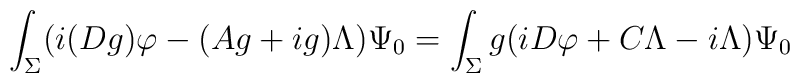
\int_{\Sigma}(i(Dg)\varphi-(Ag+ig)\Lambda)\Psi_0=\int_{\Sigma}g(iD\varphi+C\Lambda- i\Lambda)\Psi_0